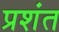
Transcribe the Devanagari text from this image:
प्रशंत